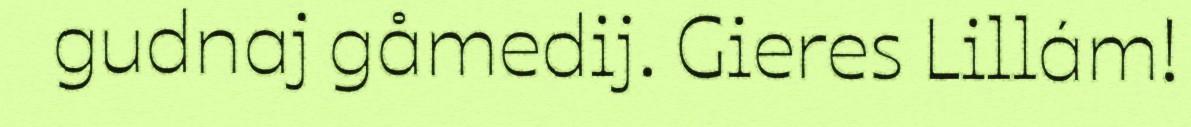
gudnaj gåmedij. Gieres Lillám!